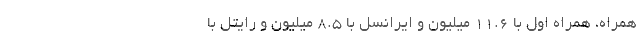
همراه، همراه اول با 11.6 میلیون و ایرانسل با 8.5 میلیون و رایتل با